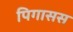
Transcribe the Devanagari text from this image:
पिगासस